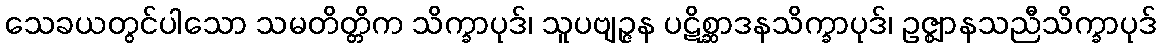
သေခယတွင်ပါသော သမတိတ္တိက သိက္ခာပုဒ်၊ သူပဗျဉ္ဇန ပဋိစ္ဆာဒနသိက္ခာပုဒ်၊ ဥဇ္ဈာနသညီသိက္ခာပုဒ်